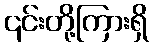
၎င်းတို့ကြားရှိ